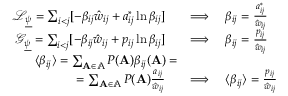
\begin{array} { r l } { \mathcal { L } _ { \underline { { \psi } } } = \sum _ { i < j } [ - \beta _ { i j } \hat { w } _ { i j } + a _ { i j } ^ { * } \ln \beta _ { i j } ] \quad } & { \Longrightarrow \quad \beta _ { i j } = \frac { a _ { i j } ^ { * } } { \hat { w } _ { i j } } } \\ { \mathcal { G } _ { \underline { { \psi } } } = \sum _ { i < j } [ - \beta _ { i j } \hat { w } _ { i j } + p _ { i j } \ln \beta _ { i j } ] \quad } & { \Longrightarrow \quad \beta _ { i j } = \frac { p _ { i j } } { \hat { w } _ { i j } } } \\ { \langle \beta _ { i j } \rangle = \sum _ { \mathbf { A } \in \mathbb { A } } P ( \mathbf { A } ) \beta _ { i j } ( \mathbf { A } ) = } \\ { = \sum _ { \mathbf { A } \in \mathbb { A } } P ( \mathbf { A } ) \frac { a _ { i j } } { \hat { w } _ { i j } } \quad } & { \Longrightarrow \quad \langle \beta _ { i j } \rangle = \frac { p _ { i j } } { \hat { w } _ { i j } } } \end{array}